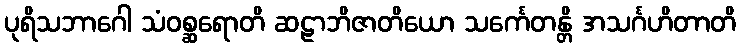
ပုရိသဘာဂေါ သံဝစ္ဆရောတိ ဆဠာဘိဇာတိယော သင်္ကေတန္တိ အသင်္ဂဟိတာတိ